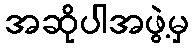
အဆိုပါအဖွဲ့မှ